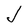
Character: J